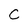
Character: C